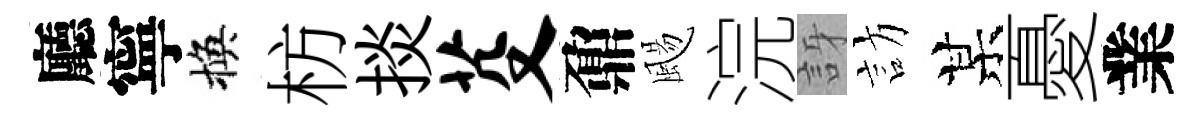
廳寧換枋掞芟鼐颺浣訝訪某憂業